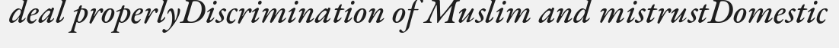
deal properlyDiscrimination of Muslim and mistrustDomestic